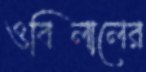
ওবিলালের